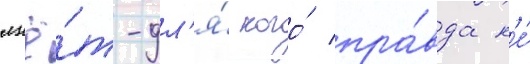
лжё́т-дл'я́ кого́ пра́вда н'е́